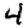
Digit: 4